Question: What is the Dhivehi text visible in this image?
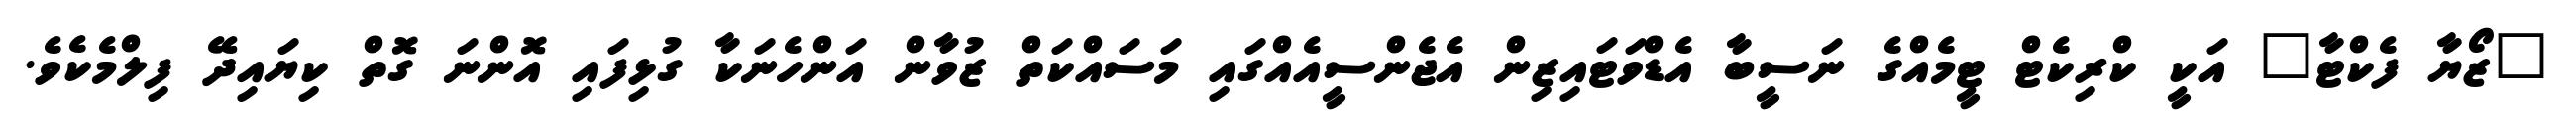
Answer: "ޒޯޔާ ފެކްޓާ" އަކީ ކްރިކެޓް ޓީމެއްގެ ނަސީބާ އެޑްވަޓައިޒިން އެޖެންސީއެއްގައި މަސައްކަތް ޒުވާން އަންހެނަކާ ގުޅިފައި އޮންނަ ގޮތް ކިޔައިދޭ ފިލްމެކެވެ.